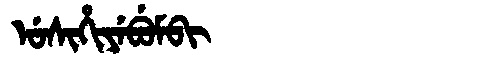
Manchu: ᡠᠰᡳᡥᡳᠶᡝᠪᡠᠮᠪᡳ
Romanization: USIHIYEBUMBI